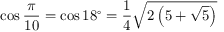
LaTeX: \cos { \frac { \pi } { 1 0 } } = \cos 1 8 ^ { \circ } = { \frac { 1 } { 4 } } { \sqrt { 2 \left( 5 + { \sqrt { 5 } } \right) } }